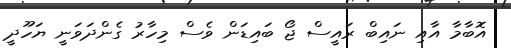
އޮބާމާ އާއި ނައިބް ރައީސް ޖޯ ބައިޑަން ވެސް މިހާރު ގެންދަވަނީ ޔަހޫދީ